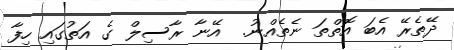
ދޭތެރޭ އެބަ އޮތްތަ ނެތެއްނު.  އޭނާ ރާސިލް ގެ އަތުގައި ހިފާ